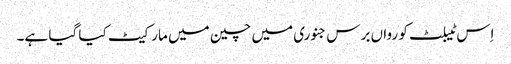
اِس ٹیبلٹ کو رواں برس جنوری میں چین میں مارکیٹ کیا گیا ہے۔